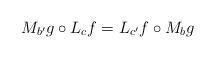
LaTeX: \begin{align*} M_{b'}g \circ L_cf=L_{c'}f \circ M_bg \end{align*}